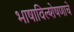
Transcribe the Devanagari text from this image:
भाषाविल्शेषणाचे